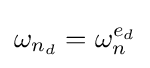
\omega _{n_{d}}=\omega _{n}^{e_{d}}